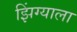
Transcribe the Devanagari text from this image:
झिंग्याला